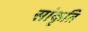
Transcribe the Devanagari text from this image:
सांकृति